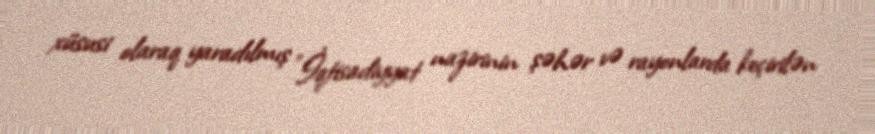
xüsusi olaraq yaradılmış "İqtisadiyyat nazirinin şəhər və rayonlarda keçirilən